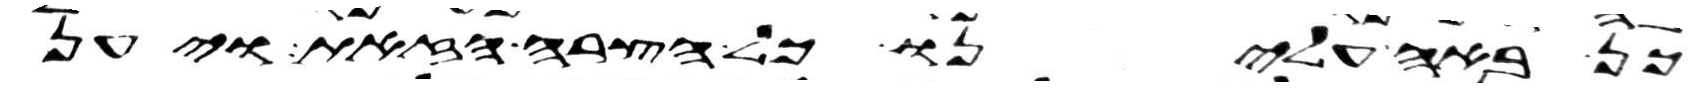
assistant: כן באה עלינו כל הצרה הזאת ויען